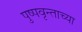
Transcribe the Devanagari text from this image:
पुष्पवृन्ताच्या